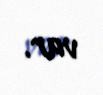
var.